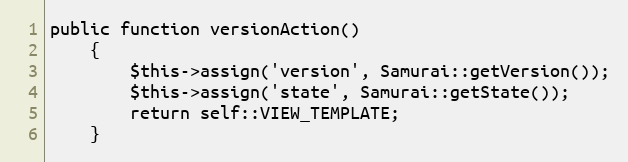
Language: PHP
public function versionAction()
    {
        $this->assign('version', Samurai::getVersion());
        $this->assign('state', Samurai::getState());
        return self::VIEW_TEMPLATE;
    }